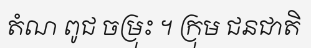
តំណ ពូជ ចម្រុះ ។ ក្រុម ជនជាតិ